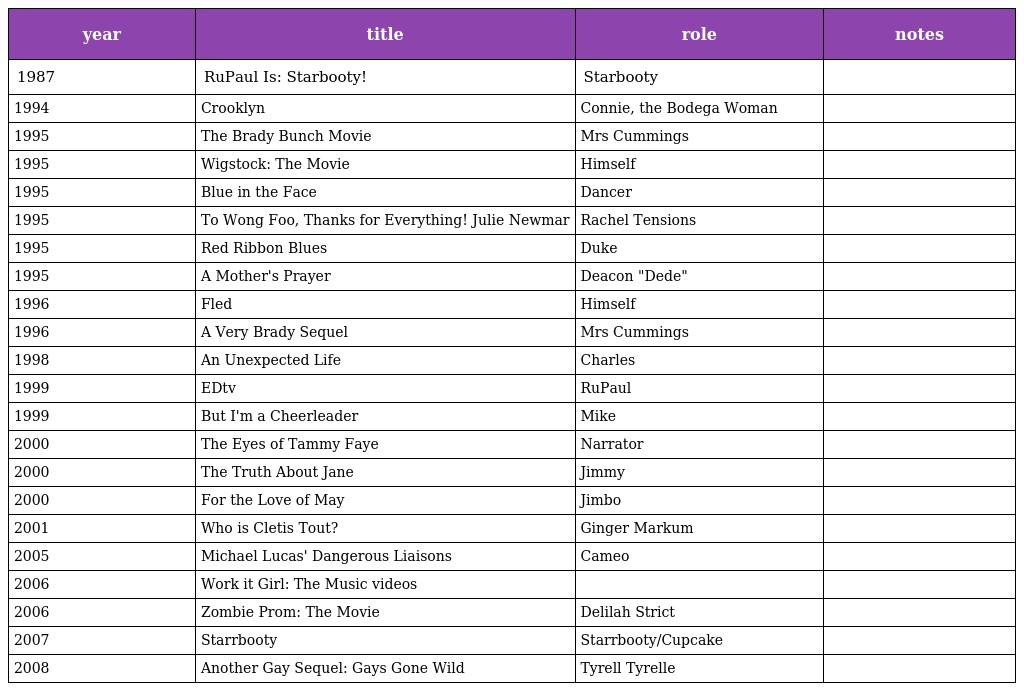
| year | title | role | notes |
 | --- | --- | --- | --- |
 | 1987 | RuPaul Is: Starbooty! | Starbooty |  |
 | 1994 | Crooklyn | Connie, the Bodega Woman |  |
 | 1995 | The Brady Bunch Movie | Mrs Cummings |  |
 | 1995 | Wigstock: The Movie | Himself |  |
 | 1995 | Blue in the Face | Dancer |  |
 | 1995 | To Wong Foo, Thanks for Everything! Julie Newmar | Rachel Tensions |  |
 | 1995 | Red Ribbon Blues | Duke |  |
 | 1995 | A Mother's Prayer | Deacon "Dede" |  |
 | 1996 | Fled | Himself |  |
 | 1996 | A Very Brady Sequel | Mrs Cummings |  |
 | 1998 | An Unexpected Life | Charles |  |
 | 1999 | EDtv | RuPaul |  |
 | 1999 | But I'm a Cheerleader | Mike |  |
 | 2000 | The Eyes of Tammy Faye | Narrator |  |
 | 2000 | The Truth About Jane | Jimmy |  |
 | 2000 | For the Love of May | Jimbo |  |
 | 2001 | Who is Cletis Tout? | Ginger Markum |  |
 | 2005 | Michael Lucas' Dangerous Liaisons | Cameo |  |
 | 2006 | Work it Girl: The Music videos |  |  |
 | 2006 | Zombie Prom: The Movie | Delilah Strict |  |
 | 2007 | Starrbooty | Starrbooty/Cupcake |  |
 | 2008 | Another Gay Sequel: Gays Gone Wild | Tyrell Tyrelle |  |